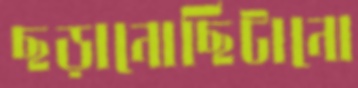
ছড়ানোছিটানো